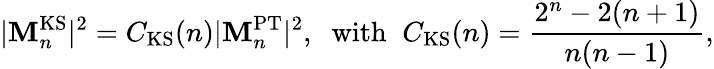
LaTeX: |{\cal\mathbf{M}}_{n}^{\mathrm{{KS}}}|^{2}=C_{\mathrm{{KS}}}(n)|{\cal\mathbf{M}}_{n}^{\mathrm{{PT}}}|^{2},\; \; \mathrm{{with}}\; \; C_{\mathrm{{KS}}}(n)=\frac{{2^{n}-2(n+1)}}{{n(n-1)}},